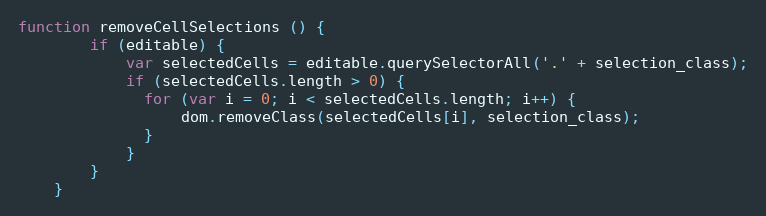
Language: JavaScript
function removeCellSelections () {
        if (editable) {
            var selectedCells = editable.querySelectorAll('.' + selection_class);
            if (selectedCells.length > 0) {
              for (var i = 0; i < selectedCells.length; i++) {
                  dom.removeClass(selectedCells[i], selection_class);
              }
            }
        }
    }